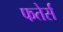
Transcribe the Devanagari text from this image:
फतेर्स